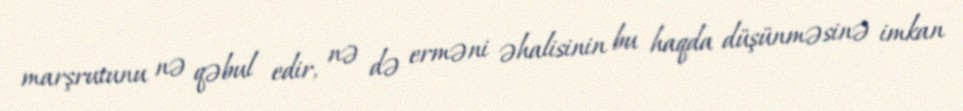
marşrutunu nə qəbul edir, nə də erməni əhalisinin bu haqda düşünməsinə imkan